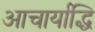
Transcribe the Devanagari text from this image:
आचार्याद्धि